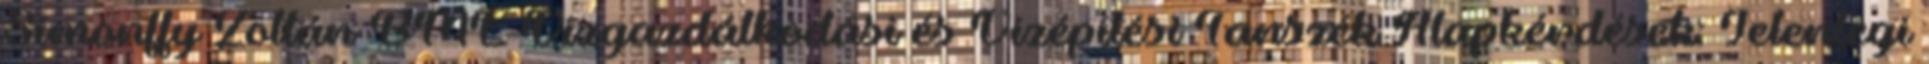
Simonffy Zoltán BME Vízgazdálkodási és Vízépítési Tanszék Alapkérdések: Jelenlegi